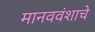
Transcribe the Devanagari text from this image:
मानववंशाचे